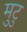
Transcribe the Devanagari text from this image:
मुटु